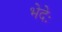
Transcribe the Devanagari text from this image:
भेदेः